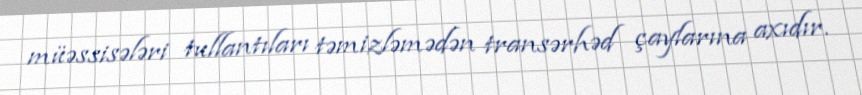
müəssisələri tullantıları təmizləmədən transərhəd çaylarına axıdır.